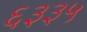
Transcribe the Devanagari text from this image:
६३३५